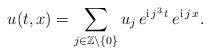
LaTeX: \begin{align*}u(t, x)=\sum_{j\in\mathbb{Z}\setminus\{0\}} u_j\,e^{\mathrm{i}\,j^3\,t}\,e^{\mathrm{i}\,j\,x}.\end{align*}